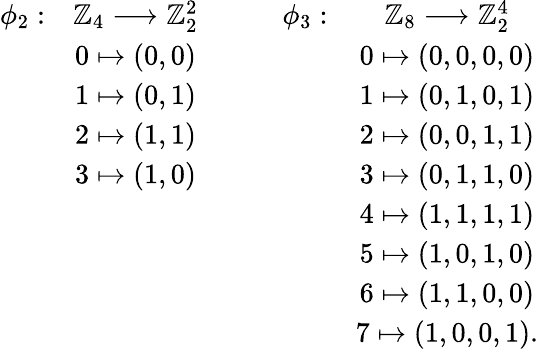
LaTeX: \left.\begin{array}{cccccccccl}{\phi_{2}:}&{\mathbb{Z}_{4}\longrightarrow\mathbb{Z}_{2}^{2}}&&&{\phi_{3}:}&{\mathbb{Z}_{8}\longrightarrow\mathbb{Z}_{2}^{4}}\\ &{0\mapsto(0,0)}&&&&{0\mapsto(0,0,0,0)}\\ &{1\mapsto(0,1)}&&&&{1\mapsto(0,1,0,1)}\\ &{2\mapsto(1,1)}&&&&{2\mapsto(0,0,1,1)}\\ &{3\mapsto(1,0)}&&&&{3\mapsto(0,1,1,0)}\\ &&&&&{4\mapsto(1,1,1,1)}\\ &&&&&{5\mapsto(1,0,1,0)}\\ &&&&&{6\mapsto(1,1,0,0)}\\ &&&&&{7\mapsto(1,0,0,1).}\end{array}\right.